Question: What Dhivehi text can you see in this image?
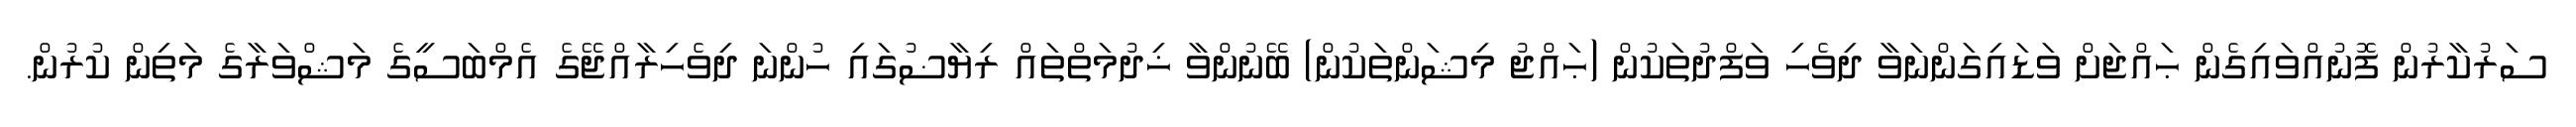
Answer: ސަރުކާރުން ފޮނުއްވައިގެން ޙައްޖަށް ވަޑައިގަންނަވާ ދިވެހި ވަފްދުތަކުން (ޙައްޖު މިޝަންތަކުން) ބޭނުންވާ ޚިދުމަތްތައް ރިޔާޟުގައި ހުންނަ ދިވެހިރާއްޖޭގެ އެމްބަސީގެ މަޝްވަރާގެ މަތިން ކުރުން.